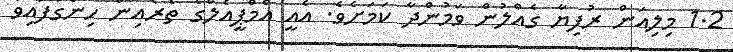
1.2 މިލިއަން ރުފިޔާ ގެއްލުން ވަމުންދާ ކަމަށެވެ. އެއީ އެމްޕީއެލްގެ ތެރެއިން ހިންގާފައިވާ